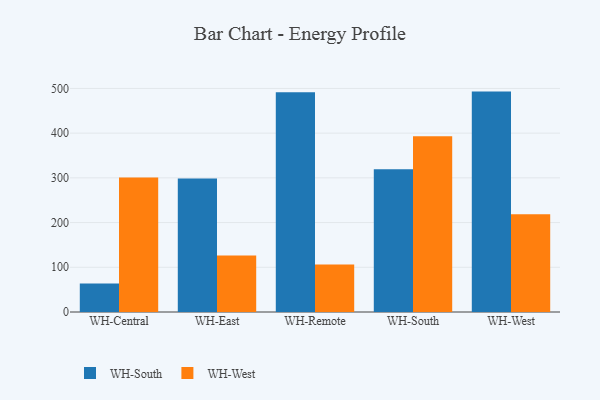
{"axis": {"x": "Warehouse", "y": "Latency (ms)"}, "legend": ["WH-South", "WH-West"], "data": [{"x": "WH-Central", "y": 64.0, "type": "WH-South"}, {"x": "WH-Central", "y": 301.0, "type": "WH-West"}, {"x": "WH-East", "y": 298.6, "type": "WH-South"}, {"x": "WH-East", "y": 126.6, "type": "WH-West"}, {"x": "WH-Remote", "y": 491.3, "type": "WH-South"}, {"x": "WH-Remote", "y": 106.2, "type": "WH-West"}, {"x": "WH-South", "y": 319.4, "type": "WH-South"}, {"x": "WH-South", "y": 393.2, "type": "WH-West"}, {"x": "WH-West", "y": 492.9, "type": "WH-South"}, {"x": "WH-West", "y": 218.7, "type": "WH-West"}]}